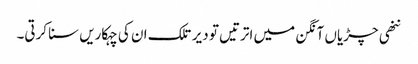
ننھی چڑیاں آنگن میں اترتیں تو دیر تلک ان کی چہکاریں سنا کرتی۔